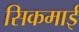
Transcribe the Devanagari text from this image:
सिकमाई